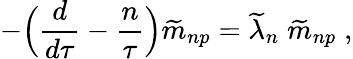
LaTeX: -\Bigr({\frac{d}{d\tau}}-{\frac{n}{\tau}}\Bigr){\widetilde m}_{np}={\widetilde\lambda}_{n}\; {\widetilde m}_{np}\; ,